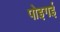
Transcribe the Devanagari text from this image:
पोइगई